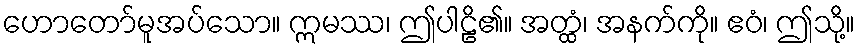
ဟောတော်မူအပ်သော။ ဣမဿ၊ ဤပါဠိ၏။ အတ္ထံ၊ အနက်ကို။ ဧဝံ၊ ဤသို့။